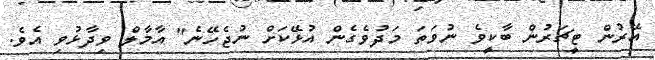
އޭރުން ޓީޗަރުން ބާކީވެ ނުވަތަ މަދުވެގެން އުޅޭކަށް ނުޖެހޭނެ" އާމާލް ވިދާޅުވި އެވެ.